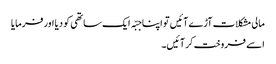
مالی مشکلات آڑے آئیں تو اپنا جبّہ ایک ساتھی کو دیا اور فرمایا
اسے فروخت کر آئیں۔